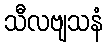
သီလဗျသနံ